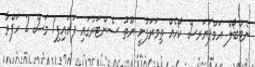
ނެޓްބޯލް އަމްޕަޔަރސް ކޯހެއް ތިމަރަފުށީ ޔޫތު ސެންޓަރުގައި ފަށައިފި7 މަސް 2 ހަފްތާ